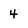
Character: 4